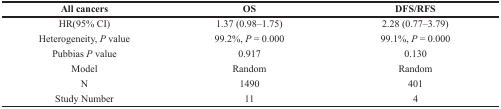
| All cancers | OS | DFS/RFS |
 | --- | --- | --- |
 | HR(95% CI) | 1.37 (0.98–1.75) | 2.28 (0.77–3.79) |
 | Heterogeneity, P value | 99.2%, P = 0.000 | 99.1%, P = 0.000 |
 | Pubbias P value | 0.917 | 0.130 |
 | Model | Random | Random |
 | N | 1490 | 401 |
 | Study Number | 11 | 4 |